Leningradi_Edasi_toimetus, lk 120
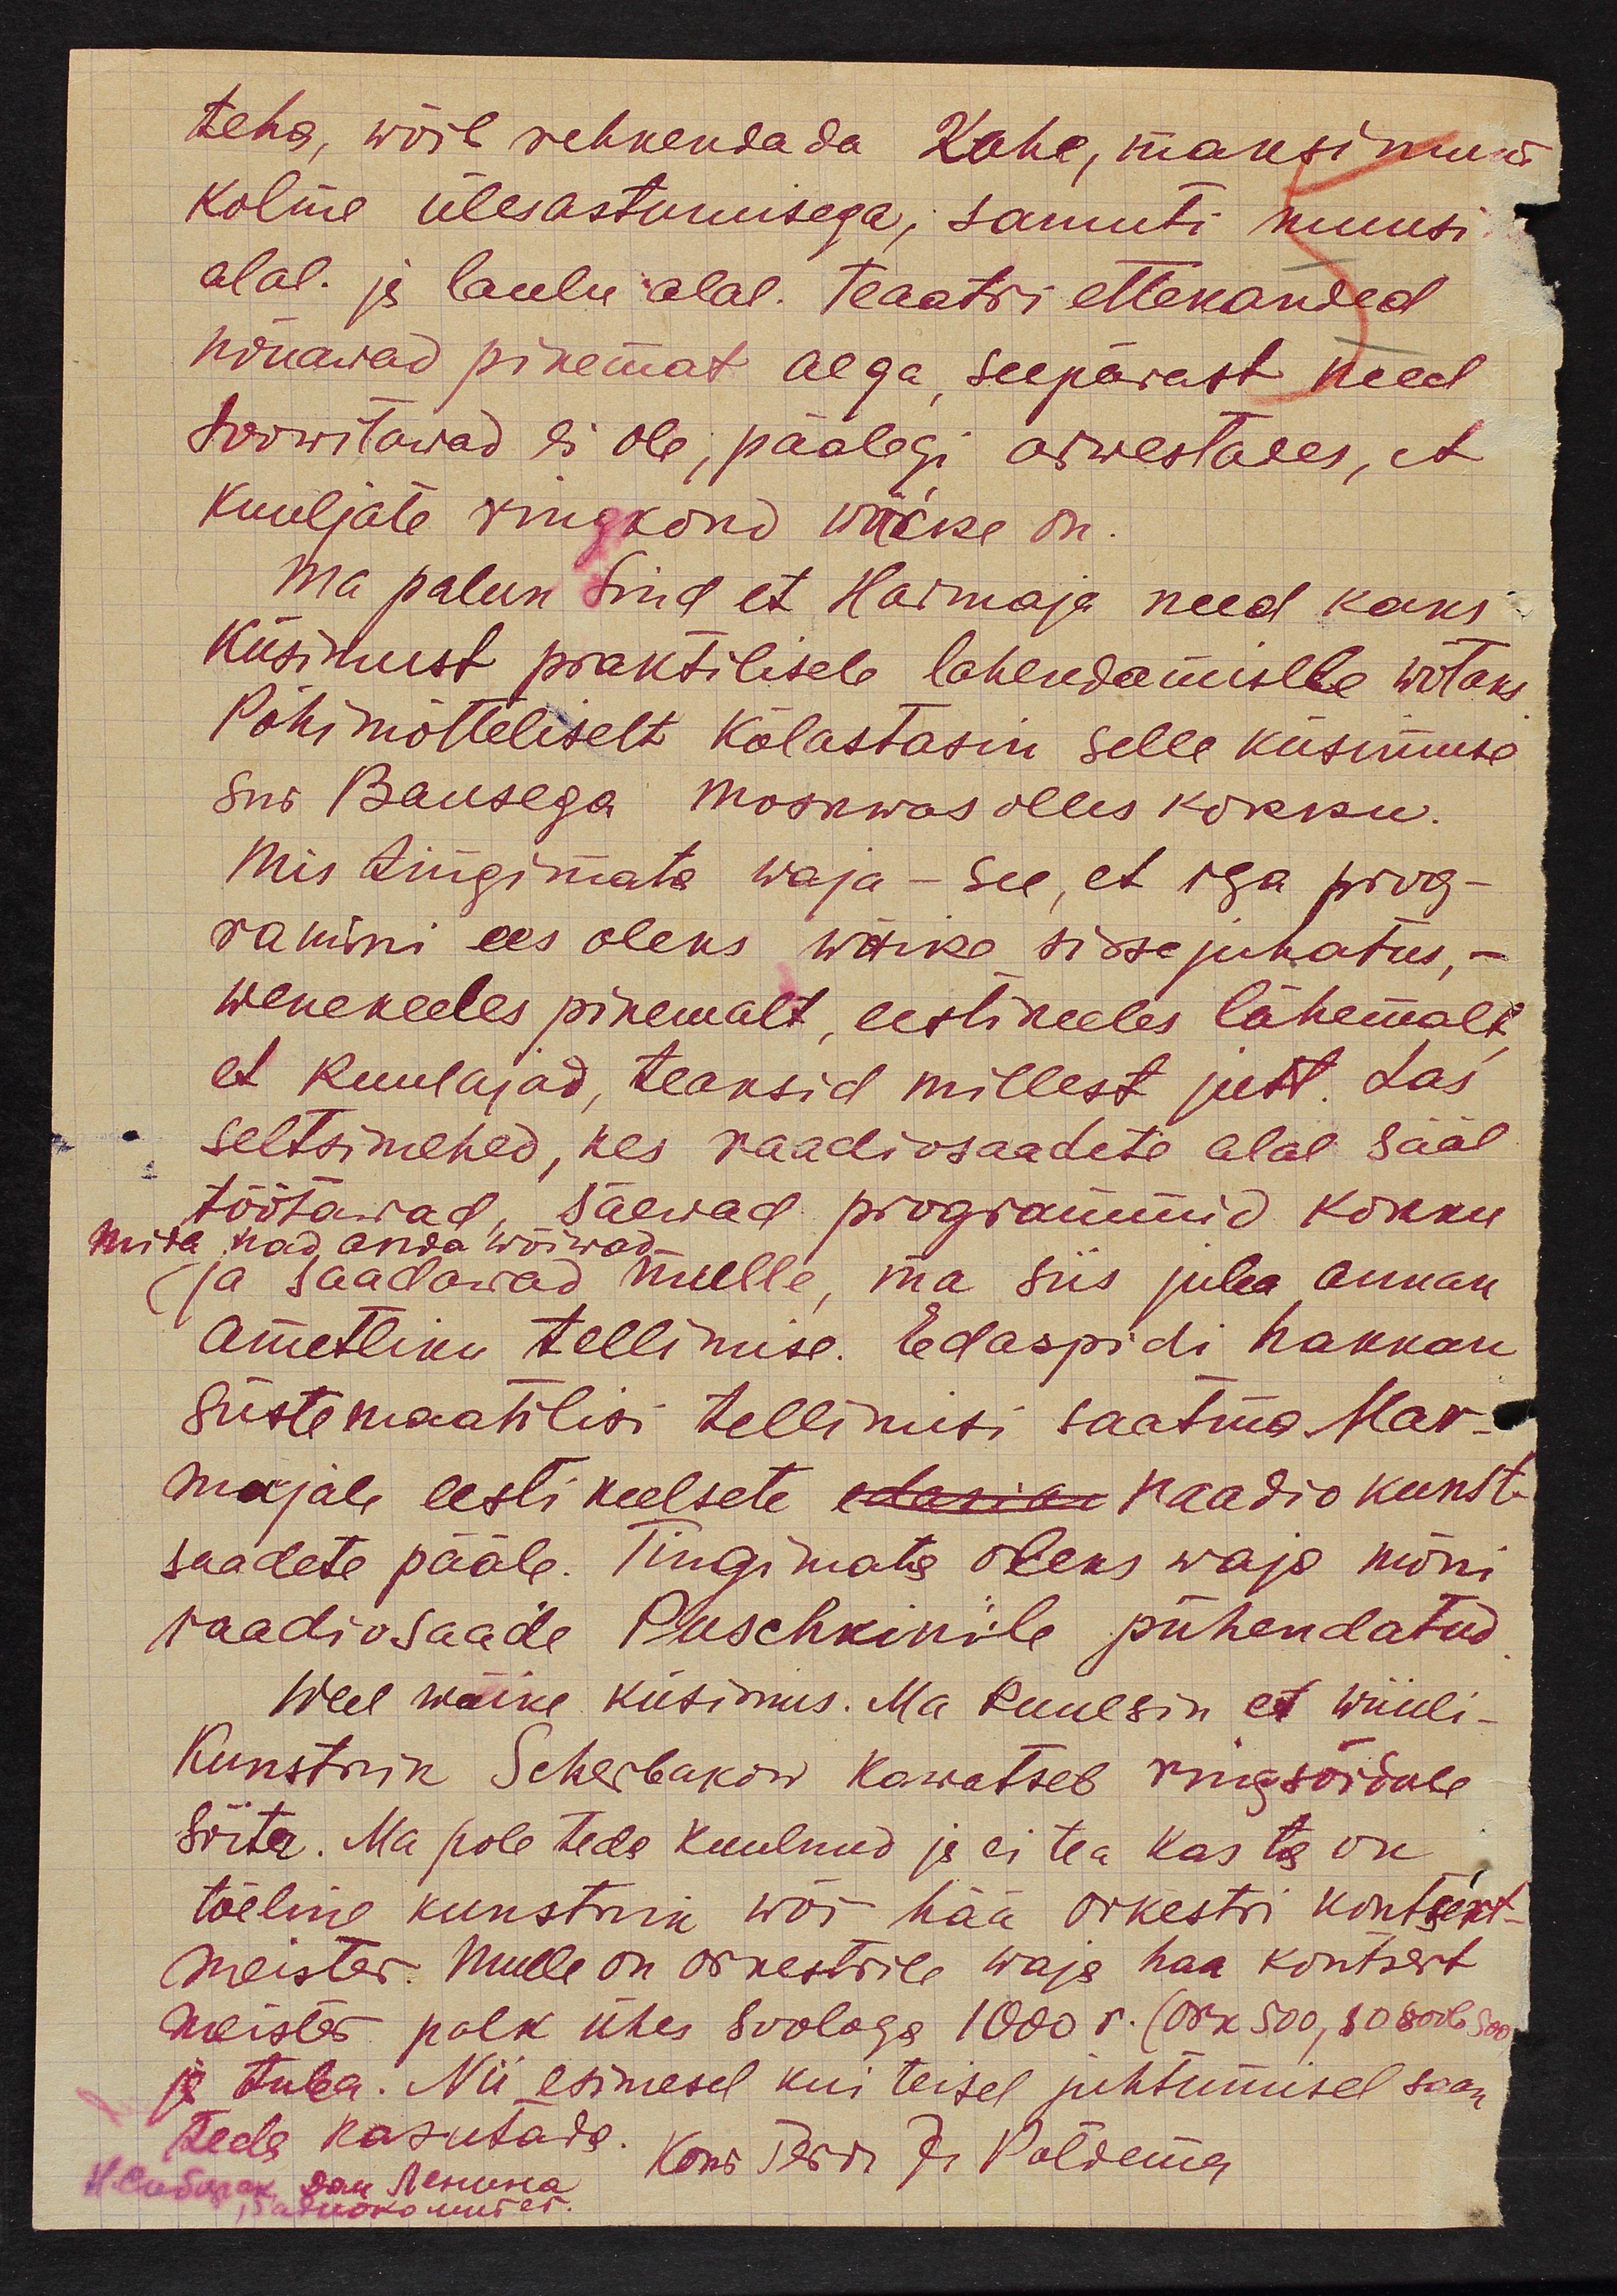
teha, wõib rehkendada Kahe, maksimum
kolme ülesastumisega; samuti muusi
alal. ja laulu alal. Teaatri ettekanded
nõuawad pikemat aega, seepärast need
soowitawad ei ole, päälegi arvestades, et
kuuljate ringkond väike on.
Ma palun siin et Haimaja need kaks
küsimust praktilisele lahendamisele wõtaks,
Põhimõtteliselt kõlastasin selle küsimuse
siis Bausega Moskwas olles kokku.
Mis tingimata waja - see, et iga prog-
ramini ees oleks wäike sissejuhatus, -
wenekeeles pikemalt eestikeeles lähemalt
et kuulajad, teaksid millest jutt. Las
seltsimehed, kes raadiosaadete alal sääl
töötawad, säewad programmid kokku
mida nad anda wõiwad.
ja saadawad mulle, ma siis juba annan
ametliku tellimise. Edaspidi hakkan
süstemaatilisi tellimisi saatma Har-
majale eesti keelsete edasiks raadio kunst
saadete pääle. Tingimata oleks waja mõni
raadiosaade Puschkinile pühendatud
Weel wäike küsimus. Ma kuulsin et wiiuli-
Kunstnik Scherbakow kawatseb ringsõidule
sõita. Ma pole teda kuulnud ja ei tea kas ta on
tõeline kunstnik wõi hää orkestri kontsert-
meister. Mulle on orkestrile waja hää kontsert
meister palk ühes soolaga 1000 r. (Osk 500, 50 rub. s.a.
ja tuba. Nii esimesel kui teisel juhtumisel saan
teda kasutada.
Kons Teder J. Poldemer